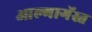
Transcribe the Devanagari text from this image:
आल्मागॅस्त